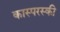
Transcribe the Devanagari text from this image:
कास्परस्की